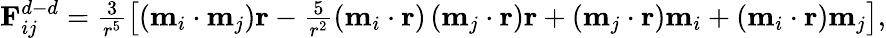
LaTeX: \begin{array}{r}{\textbf{F}_{ij}^{d-d}=\frac{3}{r^{5}}\left[\left(\textbf{m}_{i}\cdot\textbf{m}_{j}\right)\textbf{r}-\frac{5}{r^{2}}\left(\textbf{m}_{i}\cdot\textbf{r}\right)\left(\textbf{m}_{j}\cdot\textbf{r}\right)\textbf{r}+\left(\textbf{m}_{j}\cdot\textbf{r}\right)\textbf{m}_{i}+\left(\textbf{m}_{i}\cdot\textbf{r}\right)\textbf{m}_{j}\right],}\end{array}